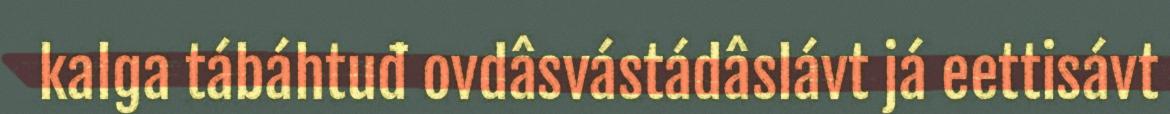
kalga tábáhtuđ ovdâsvástádâslávt já eettisávt